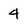
Character: 4